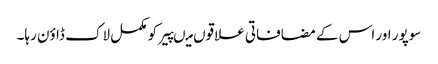
سوپور اور اس کے مضافاتی علاقوں میںپیر کو مکمل لاک ڈاؤن رہا۔